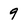
Character: 9